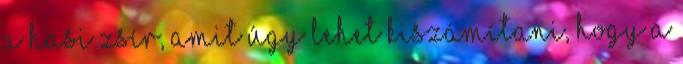
a hasi zsír, amit úgy lehet kiszámítani, hogy a